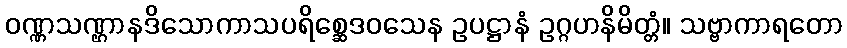
ဝဏ္ဏသဏ္ဌာနဒိသောကာသပရိစ္ဆေဒဝသေန ဥပဋ္ဌာနံ ဥဂ္ဂဟနိမိတ္တံ။ သဗ္ဗာကာရတော